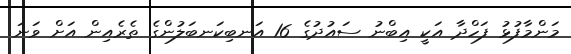
މަންމާފުޅު ފަހްދާ އަކީ އިބްނު ސައުދުގެ 16 އަނބިކަނބަލުންގެ ތެރެއިން އަށް ވަނަ